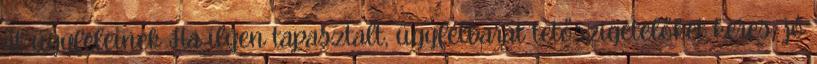
át ügyfeleinek Ha ilyen tapasztalt, ügyfélbarát tetőszigetelőket keres, jó